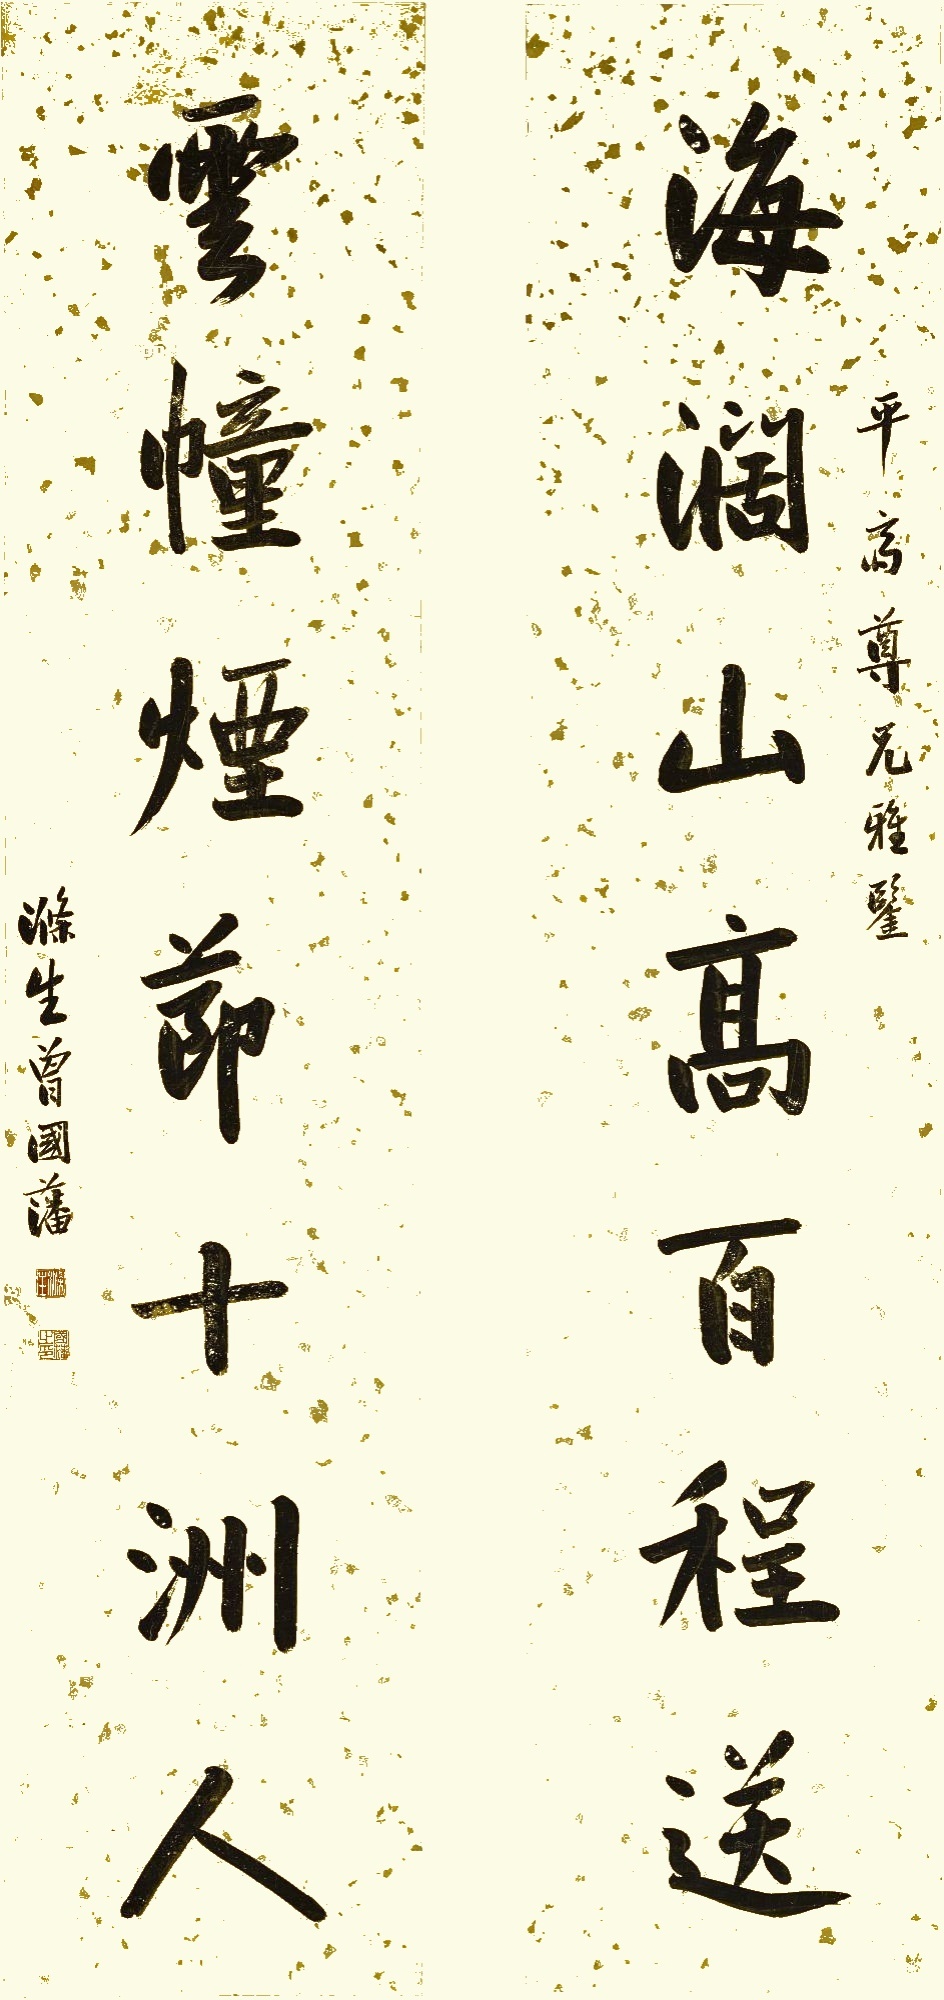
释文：海阔山高百程送，云幢烟节十洲人。平斋尊兄雅鉴，涤生曾国藩。